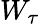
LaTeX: W_{\tau}